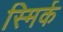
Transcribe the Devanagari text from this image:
स्मिर्क